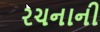
રચનાની